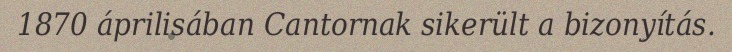
1870 áprilisában Cantornak sikerült a bizonyítás.